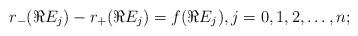
LaTeX: \begin{align*}r_-(\Re E_j) - r_+(\Re E_j) =f(\Re E_j), j=0,1,2,\ldots, n;\end{align*}